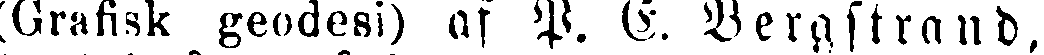
(Grafisk geodesi) af P. I. Bergstrand,